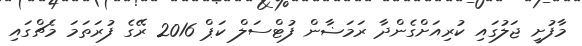
މާފުށީ ޖަލުގައި ކުރިއަށްގެންދާ ރަމަޟާން ފުޓްސަލް ކަޕް 2016 ރޭގެ ފުރަތަމަ މެޗްގައި